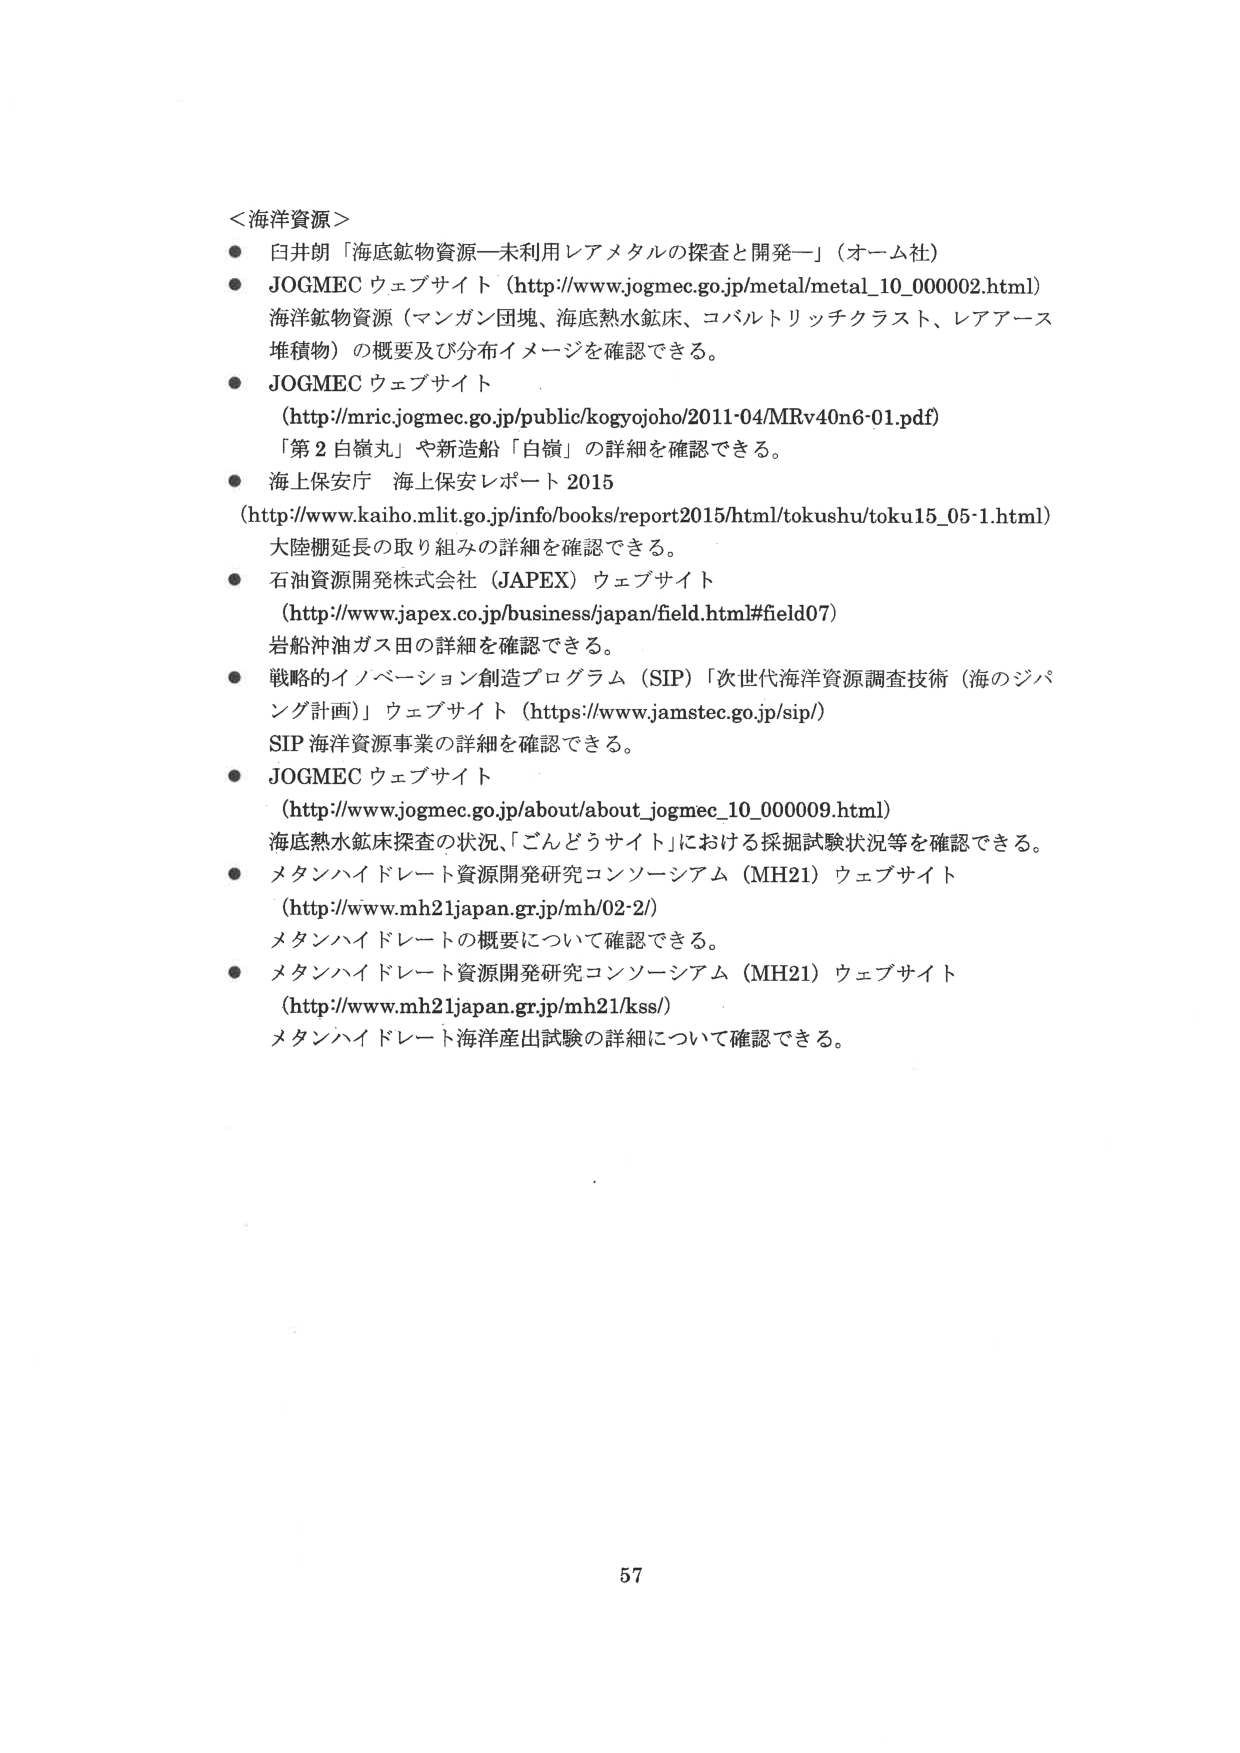
＜海洋資源＞
● 白井朗「海底鉱物資源―未利用レアメタルの探査と開発―」（オーム社）
● JOGMEC ウェブサイト（http://www.jogmec.go.jp/metal/metal_10_000002.html）
　海洋鉱物資源（マンガン団塊、海底熱水鉱床、コバルトリッチクラスト、レアアース
　堆積物）の概要及び分布イメージを確認できる。
● JOGMEC ウェブサイト
　（http://mric.jogmec.go.jp/public/kogyojoho/2011·04/MRv40n6-01.pdf）
　「第２白嶺丸」や新造船「白嶺」の詳細を確認できる。
● 海上保安庁 海上保安レポート 2015
　（http://www.kaiho.mlit.go.jp/info/books/report2015/html/tokushu/toku15_05-1.html）
　大陸棚延長の取り組みの詳細を確認できる。
● 石油資源開発株式会社（JAPEX）ウェブサイト
　（http://www.japex.co.jp/business/japan/field.html#field07）
　岩船沖油ガス田の詳細を確認できる。
● 戦略的イノベーション創造プログラム（SIP）「次世代海洋資源調査技術（海のジパ
　ング計画）」ウェブサイト（https://www.jamstec.go.jp/sip/）
　SIP 海洋資源事業の詳細を確認できる。
● JOGMEC ウェブサイト
　（http://www.jogmec.go.jp/about/about_jogmec_10_000009.html）
　海底熱水鉱床探査の状況、「ごんどうサイト」における採掘試験状況等を確認できる。
● メタンハイドレート資源開発研究コンソーシアム（MH21）ウェブサイト
　（http://www.mh21japan.gr.jp/mh/02-2/）
　メタンハイドレートの概要について確認できる。
● メタンハイドレート資源開発研究コンソーシアム（MH21）ウェブサイト
　（http://www.mh21japan.gr.jp/mh21/kss/）
　メタンハイドレート海洋産出試験の詳細について確認できる。

57